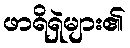
ဖာရိရှဲများ၏